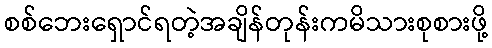
စစ်ဘေးရှောင်ရတဲ့အချိန်တုန်းကမိသားစုစားဖို့